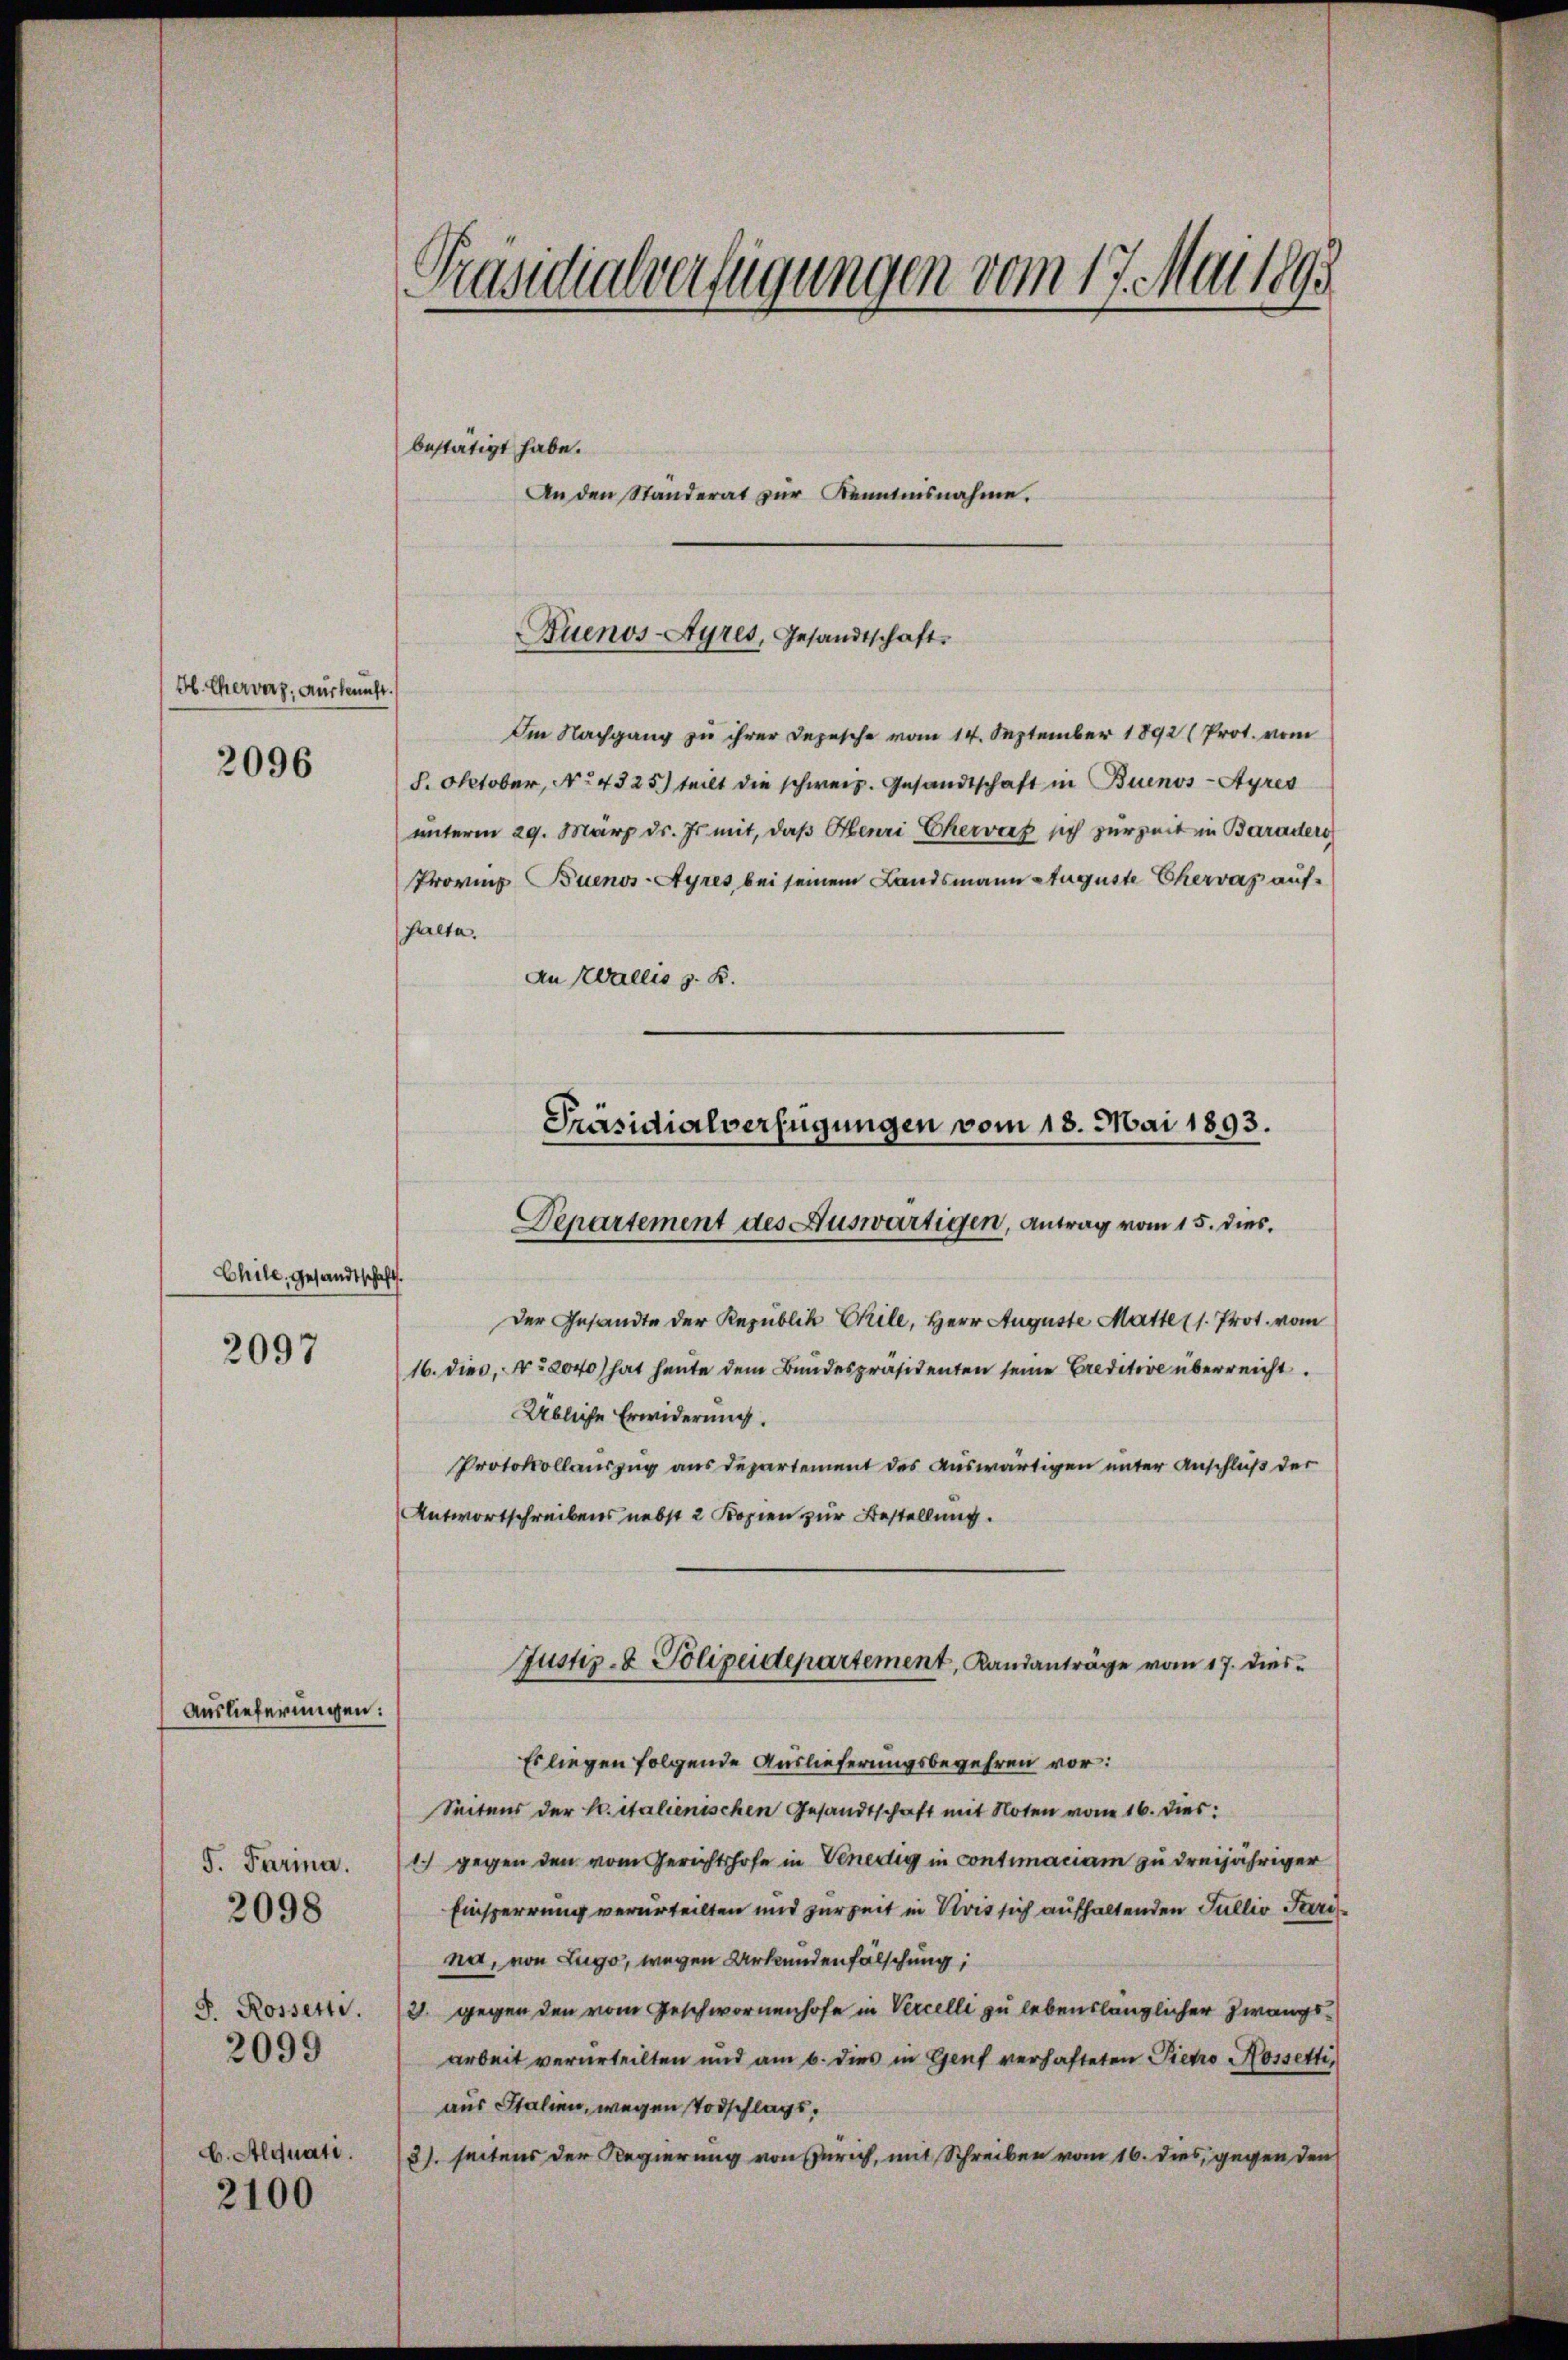
H. Cherverz, Auskunft.
2096

Chile, gesandtschaft
2097

Auslieferungen:

S. Parina.
F. Rossette.
2099
b. Alquati.
2100

2098

Präsidialverfügungen vom 17. Mai 1895
bestätigt habe.
An den Ständerat zŭr Kenntnisnahme.

Im Nachgang zu ihrer Depesche vom 14. September 1892 (Prot. vom
8. Oktober, No 4325) teilt die schweiz. Gesandtschaft in Buenos-Ayres
unterm 29. März d. Js. mit, daβ Henri Cherrief sich zur Zeit in Baraders
Provinz Buenos-Ayres, bei seinem Landsmann Auguste Chervaz auf¬
Gaeta
An Wallis z. B.

Buenos-Ayres, Gesandtschaft.

Präsidialverfügungen vom 18. Mai 1893.
Departement des Auswärtigen, Antrag vom 15. dies

Der Gesandte der Republik Chile, Herr Auguste Matte (1. Prot. vom
16. dies, No. 2040) hat heute dem Bundespräsidenten seine Creditive überreicht.
Übliche Erwiderung.
Protokollauszug aus Departement des auswärtigen unter Anschluß der
Antwortschreibens nebst 2 Kopien zur Bestellung.

Seitens der E. italienischen Gesandtschaft mit Noten vom 16. dies:
1) gegen den vom Gerichtshofe in Venedig in contimaciam zu dreijähriger
Einsperrung verurteilten und zur Zeit in Vivis sich aufhaltenden Sullio Parna, von Zugo, wegen Urkundenfälschung,
2. gegen den vom Geschwornenhofe in Vercelli zu lebenslänglicher Zwangsarbeit verurteilten und am 6. dies in Genf verhafteten Pietro Nossetti,
aus Italien, wegen Todschlags,
8). seitens der Regierung von Zürich, mit Schreiben vom 16. dies, gegen den

Justiz- & Polizeidepartement, Landanträge vom 17. dies
Es liegen folgende Auslieferungsbegehren vor: